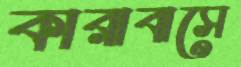
কারাবাসে